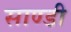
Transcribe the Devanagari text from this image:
साण्डी